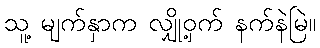
သူ့ မျက်နှာက လျှို့ဝှက် နက်နဲမြဲ။